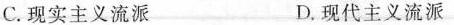
C.现实主义流派 D.现代主义流派